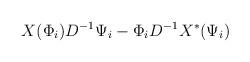
LaTeX: \begin{align*}X ( \Phi_i ) D^{-1} \Psi_i- \Phi_i D^{-1} X^{\ast} (\Psi_i )\end{align*}